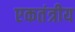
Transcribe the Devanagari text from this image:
एकतंत्रीय